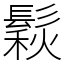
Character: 鬏